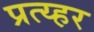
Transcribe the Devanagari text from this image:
प्रत्य्हर